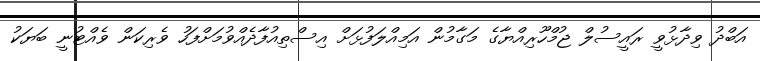
އަބްދު ވިދާޅުވީ ރައީސުލް ޖުމްހޫރިއްޔާގެ މަގާމުން އަމިއްލަފުޅަށް އިސްތިއުފާދެއްވުމަށްފަހު ވެރިކަން ވެއްޓުނީ ބަޔަކު